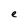
Character: e